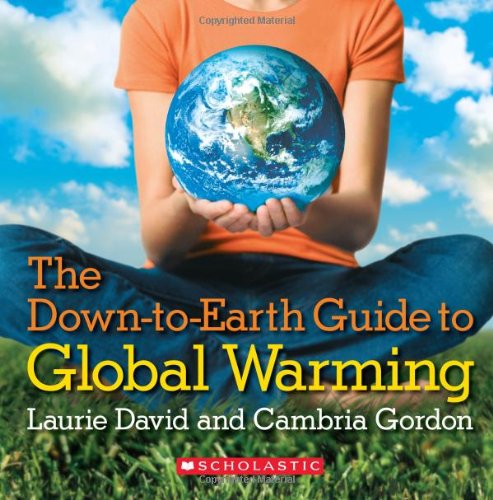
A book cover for The Down-to-Earth Guide To Global Warming; Laurie David; Children's Books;